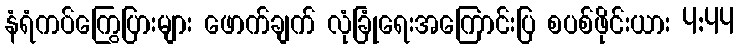
နံရံကပ်ကြွေပြားများ ဖောက်ချက် လုံခြုံရေးအကြောင်းပြ စပစ်ဖိုင်းယား 4:44